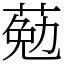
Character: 葂